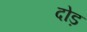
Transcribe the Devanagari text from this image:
दोड़